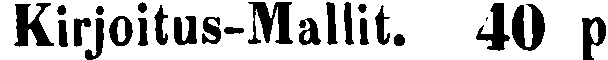
Kirjoitus-Mallit. 40 p.